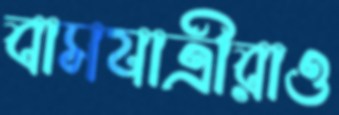
বাসযাত্রীরাও